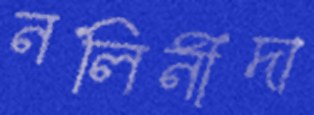
নলিনীদা